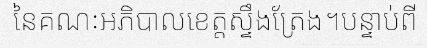
នៃគណៈអភិបាលខេត្តស្ទឹងត្រែង។បន្ទាប់ពី